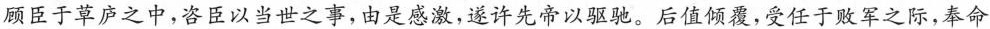
顾臣于草庐之中，咨臣以当世之事，由是感激，遂许先帝以驱驰。后值倾覆，受任于败军之际，奉命